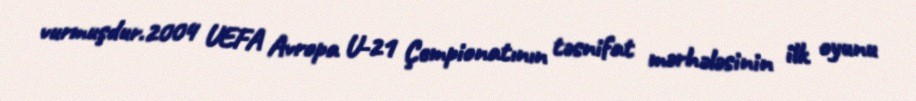
vurmuşdur.2004 UEFA Avropa U-21 Çempionatının təsnifat mərhələsinin ilk oyunu